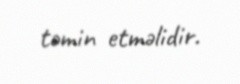
təmin etməlidir.